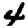
Digit: 4